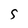
Character: 5